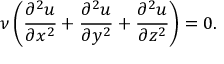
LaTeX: \nu \left( { \frac { \partial ^ { 2 } u } { \partial x ^ { 2 } } } + { \frac { \partial ^ { 2 } u } { \partial y ^ { 2 } } } + { \frac { \partial ^ { 2 } u } { \partial z ^ { 2 } } } \right) = 0 .